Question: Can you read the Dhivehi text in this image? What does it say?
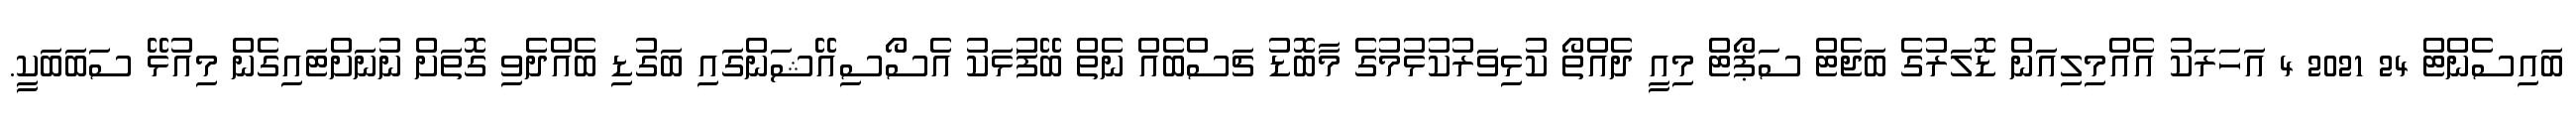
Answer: ބައިސެންޓް 24 2021 4 އަހަރަކު އެއްމިލިއަން ޑޮލަރުގެ ބަޖެޓް ސަޕޯޓް މިއީ ދެއްތޯ ކުޅިވަރުކުޅުމުގެ މާބޮޑު ޗަސްބެއް ނެތް ބޭފަުޅަކު އެސޯސިއޭޝަންގައި ބަގުޑި ބެއްދެވި ގޮތަށް ނުނަށްޓައިގެން މިއުޅޭ ސަބަބަކީ.